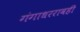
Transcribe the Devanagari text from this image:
गंगाधररावही